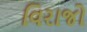
વિરાજો